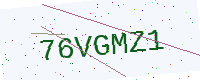
Text: 76VGMZ1